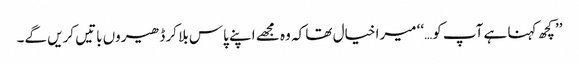
’’کچھ کہنا ہے آپ کو…‘‘ میرا خیال تھا کہ وہ مجھے اپنے پاس بلا کر ڈھیروں باتیں کریں گے۔